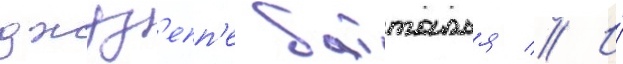
джуз'епп'е батталья // И́